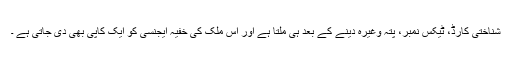
شناختی کارڈ، ٹیکس نمبر، پتہ وغیرہ دینے کے بعد ہی ملتا ہے اور اس ملک کی خفیہ ایجنسی کو ایک کاپی بھی دی جاتی ہے ۔